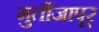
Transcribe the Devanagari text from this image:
मुर्तीजापूर